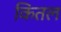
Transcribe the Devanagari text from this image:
कितल